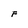
Character: F